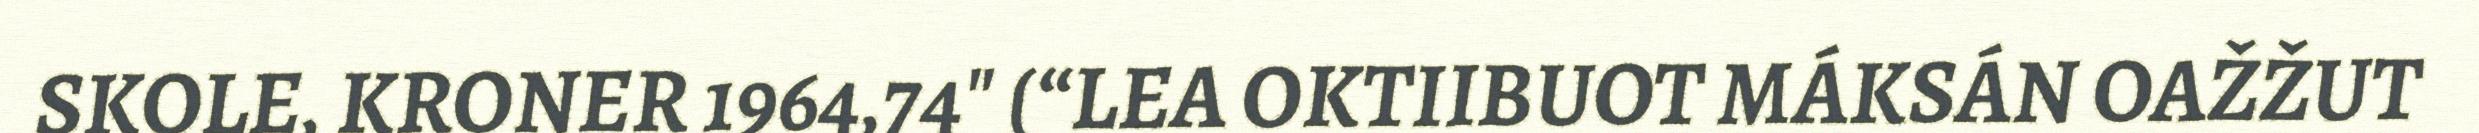
SKOLE, KRONER 1964,74" (“LEA OKTIIBUOT MÁKSÁN OAŽŽUT